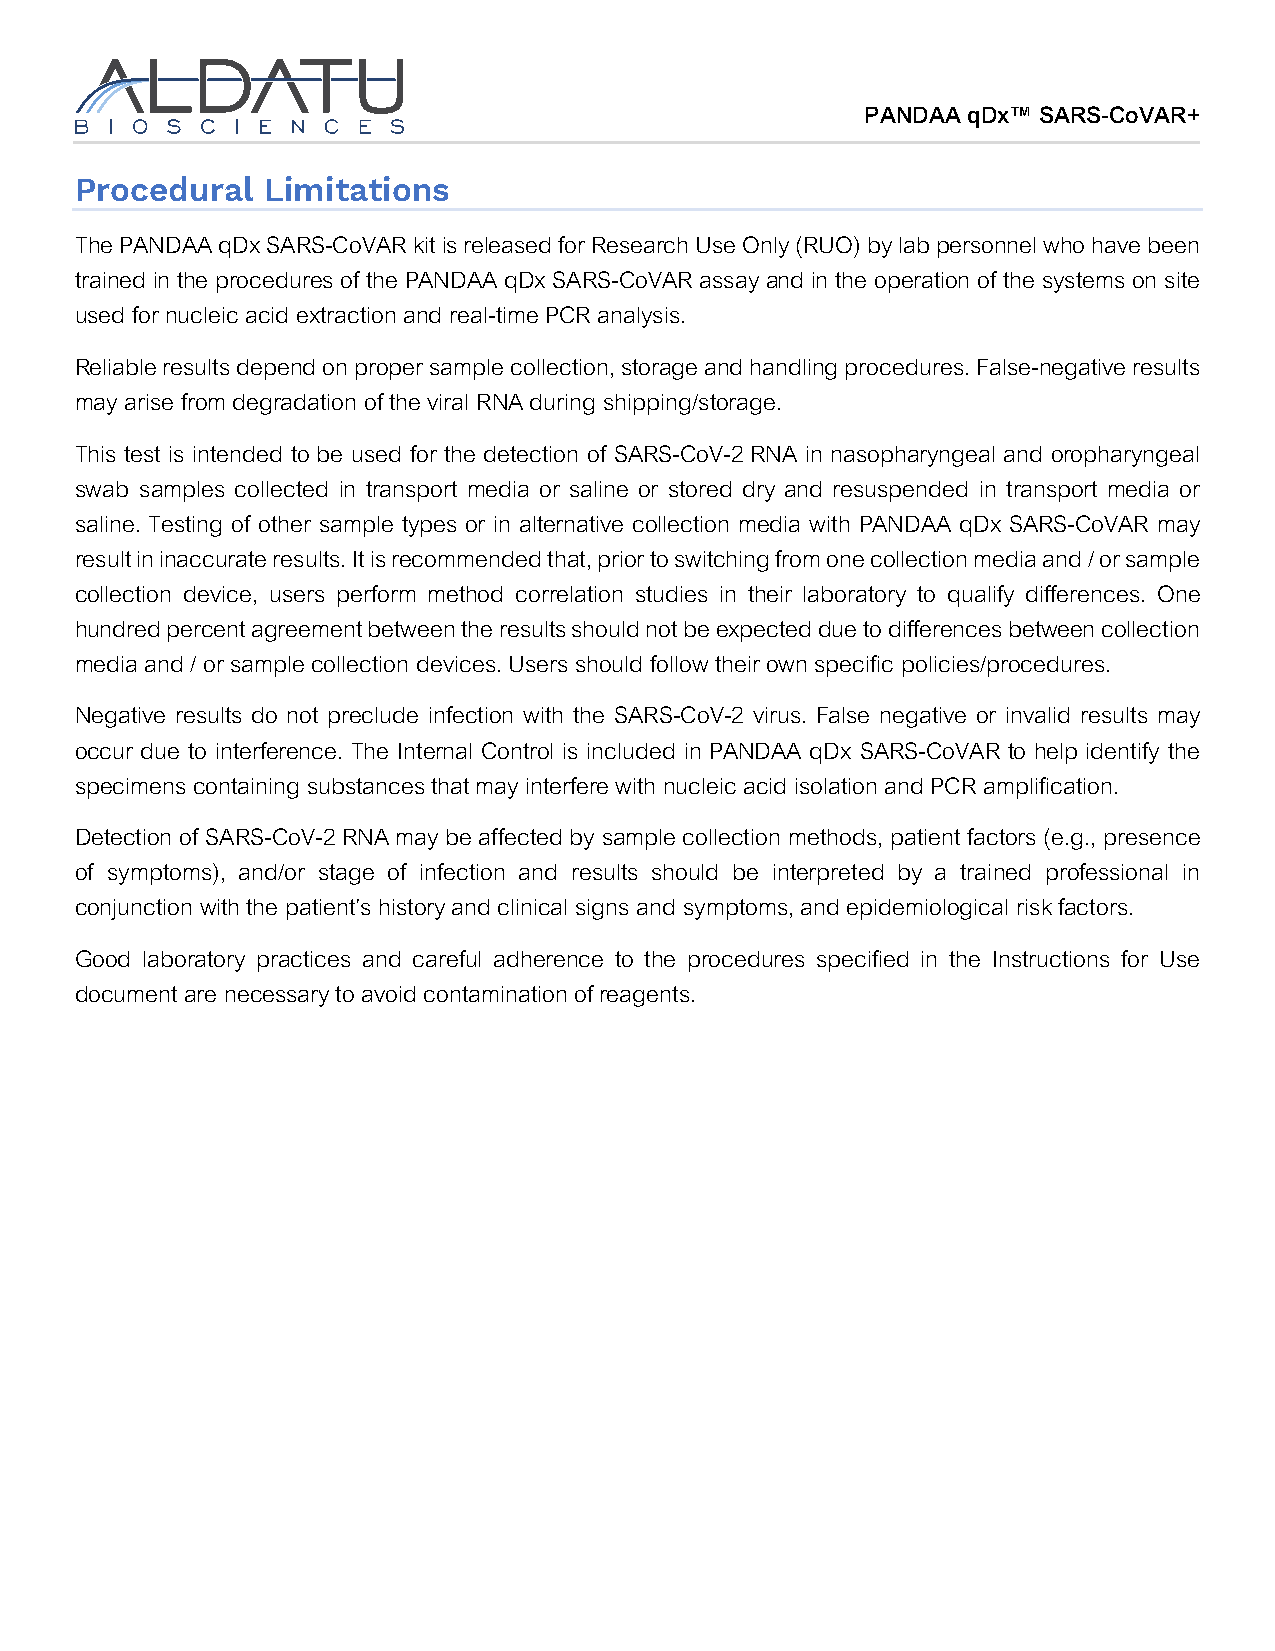
PANDAA qDx™ SARS-CoVAR+
 Procedural  Limitations
 The PANDAA qDx SARS-CoVAR kit is released for Research Use Only (RUO) by lab personnel who have been
 trained in the procedures of the PANDAA qDx SARS-CoVAR assay and in the operation of the systems on site
 used for nucleic acid extraction and real-time PCR analysis.
 Reliable results depend on proper sample collection, storage and handling procedures. False-negative results
 may arise from degradation of the viral RNA during shipping/storage.
 This test is intended to be used for the detection of SARS-CoV-2 RNA in nasopharyngeal and oropharyngeal
 swab samples collected in transport media or saline or stored dry and resuspended in transport media or
 saline. Testing of other sample types or in alternative collection media with PANDAA qDx SARS-CoVAR may
 result in inaccurate results. It is recommended that, prior to switching from one collection media and / or sample
 collection device, users perform method correlation studies in their laboratory to qualify differences. One
 hundred percent agreement between the results should not be expected due to differences between collection
 media and / or sample collection devices. Users should follow their own specific policies/procedures.
 Negative results do not preclude infection with the SARS-CoV-2 virus. False negative or invalid results may
 occur due to interference. The Internal Control is included in PANDAA qDx SARS-CoVAR to help identify the
 specimens containing substances that may interfere with nucleic acid isolation and PCR amplification.
 Detection of SARS-CoV-2 RNA may be affected by sample collection methods, patient factors (e.g., presence
 of symptoms), and/or stage of infection and results should be interpreted by a trained professional in
 conjunction with the patient’s history and clinical signs and symptoms, and epidemiological risk factors.
 Good laboratory practices and careful adherence to the procedures specified in the Instructions for Use
 document are necessary to avoid contamination of reagents.